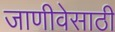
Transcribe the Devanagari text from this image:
जाणीवेसाठी